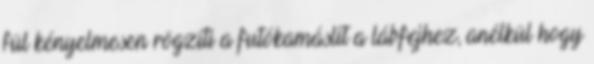
fül kényelmesen rögzíti a futókamáslit a lábfejhez, anélkül hogy